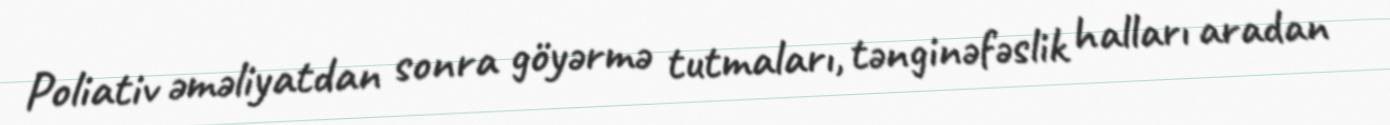
Poliativ əməliyatdan sonra göyərmə tutmaları, tənginəfəslik halları aradan